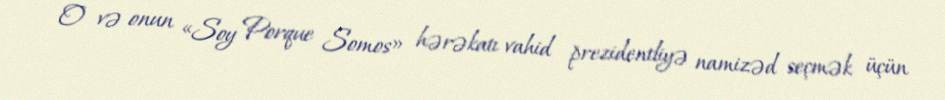
O və onun «Soy Porque Somos» hərəkatı vahid prezidentliyə namizəd seçmək üçün